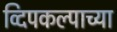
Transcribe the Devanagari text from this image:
व्दिपकल्पाच्या